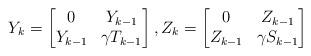
LaTeX: \begin{align*}Y_k=\begin{bmatrix}0 & Y_{k-1} \\ Y_{k-1} & \gamma T_{k-1}\end{bmatrix}, Z_k=\begin{bmatrix}0& Z_{k-1}\\ Z_{k-1} & \gamma S_{k-1}\end{bmatrix}\end{align*}